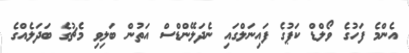
އެންމެ ފަހުގެ ވޯލްޑް ކަޕުގެ ފައިނަލްގައި ނެދަލޭންޑްސް އަތުން ބަލިވި މެޗުގެ ބަދަލެއްގެ